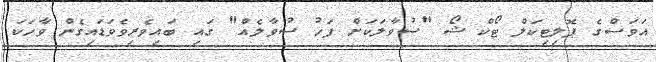
އަވަސްގެ ޕޮލިޓިކަލް ޓޯކް ޝޯ "ސުވާލަކަށް ފަހު ސުވާލެއް" ގައި ބައިވެރިވެވަޑައިގެން ވާހަކަ